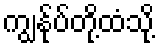
ကျွန်ုပ်တို့ထံသို့